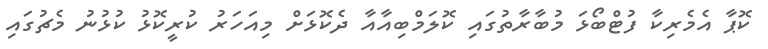
ކޮޕާ އެމެރިކާ ފުޓްބޯޅަ މުބާރާތުގައި ކޮލަމްބިއާއާ ދެކޮޅަށް މިއަހަރު ކުރީކޮޅު ކުޅުނު މެޗުގައި